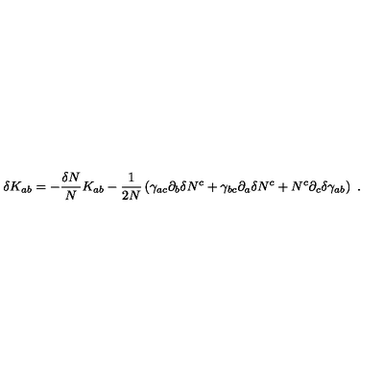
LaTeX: \delta K _ { a b } = - { \frac { \delta N } { N } } K _ { a b } - { \frac { 1 } { 2 N } } \left( \gamma _ { a c } \partial _ { b } \delta N ^ { c } + \gamma _ { b c } \partial _ { a } \delta N ^ { c } + N ^ { c } \partial _ { c } \delta \gamma _ { a b } \right) \ .